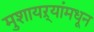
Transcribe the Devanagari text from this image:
मुशायऱ्यांमधून